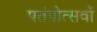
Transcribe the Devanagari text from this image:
पतंगोत्सवों